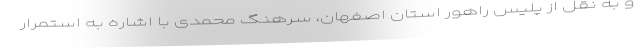
و به نقل از پلیس راهور استان اصفهان، سرهنگ محمدی با اشاره به استمرار